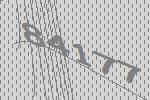
84177